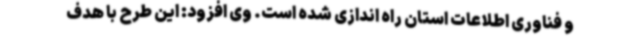
و فناوری اطلاعات استان راه اندازی شده است. وی افزود: این طرح با هدف